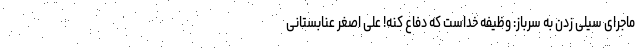
ماجرای سیلی زدن به سرباز: وظیفه خداست که دفاع کنه! علی اصغر عنابستانی